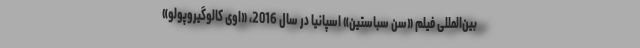
بین‌المللی فیلم «سن سباستین» اسپانیا در سال 2016، «اِوی کالوگیروپولو»